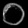
Digit: ၀